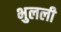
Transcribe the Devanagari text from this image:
भुलली